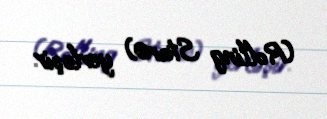
(Rolling Star®) yerləşir.